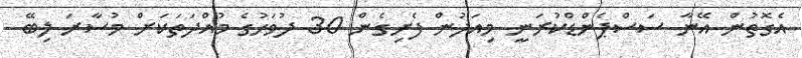
އެގޮތުން އޭނާ ސަސްޕެންޑްކުރަނީ މިއަދުން ފެށިގެން 30 ދުވަހުގެ މުއްދަތަކަށް މުސާރަ ލިބޭ